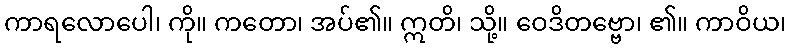
ကာရလောပေါ၊ ကို။ ကတော၊ အပ်၏။ ဣတိ၊ သို့။ ဝေဒိတဗ္ဗော၊ ၏။ ကာဝိယ၊